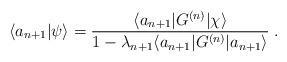
LaTeX: \begin{align*} \langle a_{n+1} | \psi \rangle = {\langle a_{n+1} | G^{(n)} | \chi \rangle \over 1- \lambda_{n+1} \langle a_{n+1} | G^{(n)} | a_{n+1} \rangle} \;. \end{align*}